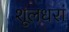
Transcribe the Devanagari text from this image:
शूलधरां